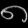
Digit: ၈